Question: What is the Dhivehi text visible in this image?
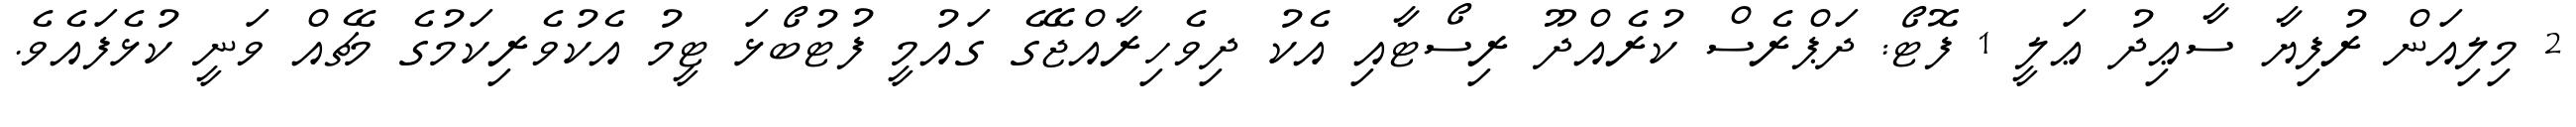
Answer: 2 މިލިއަން ރުފިޔާ ސާޢިދު ޢަލީ 1 ފޮޓޯ: ދަޕްރެސް ކުރެއްދޫ ރިސޯޓާއި އެކު ދިވެހިރާއްޖޭގެ ގައުމީ ފުޓުބޯޅަ ޓީމު އެކުވެރިކަމުގެ މެޗެއް ވަނީ ކުޅެފައެވެ.